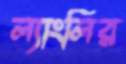
ল্যাংলির